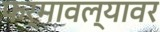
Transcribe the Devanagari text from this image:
फर्मावल्यावर